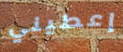
إعطيني